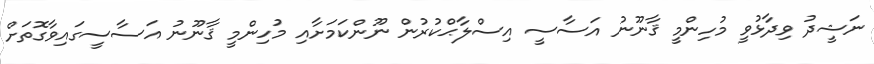
ނަޝީދު ވިދާޅުވީ މުހިންމީ ޤާނޫނު އަސާސީ އިސްލާޙްކުރުން ނޫންކަމަށާއި މުހިންމީ ޤާނޫނު އަސާސީގައިވާގޮތަށް